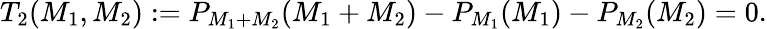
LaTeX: T_{2}(M_{1},M_{2}):=P_{M_{1}+M_{2}}(M_{1}+M_{2})-P_{M_{1}}(M_{1})-P_{M_{2}}(M_{2})=0.